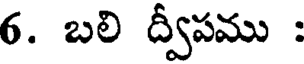
6. బలి ద్వీపము :